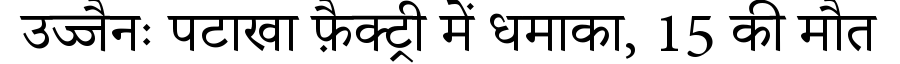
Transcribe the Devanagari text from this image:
उज्जैनः पटाखा फ़ैक्ट्री में धमाका, 15 की मौत